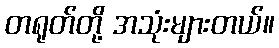
တရုတ်တို့ အသုံးများတယ်။